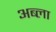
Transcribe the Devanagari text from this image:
अब्ला